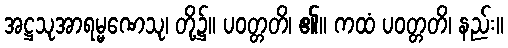
အဋ္ဌသုအာရမ္မဏေသု၊ တို့၌။ ပဝတ္တတိ၊ ၏။ ကထံ ပဝတ္တတိ၊ နည်း။